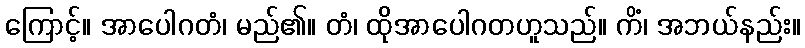
ကြောင့်။ အာပေါဂတံ၊ မည်၏။ တံ၊ ထိုအာပေါဂတဟူသည်။ ကိံ၊ အဘယ်နည်း။